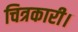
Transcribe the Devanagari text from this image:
चित्रकारी।